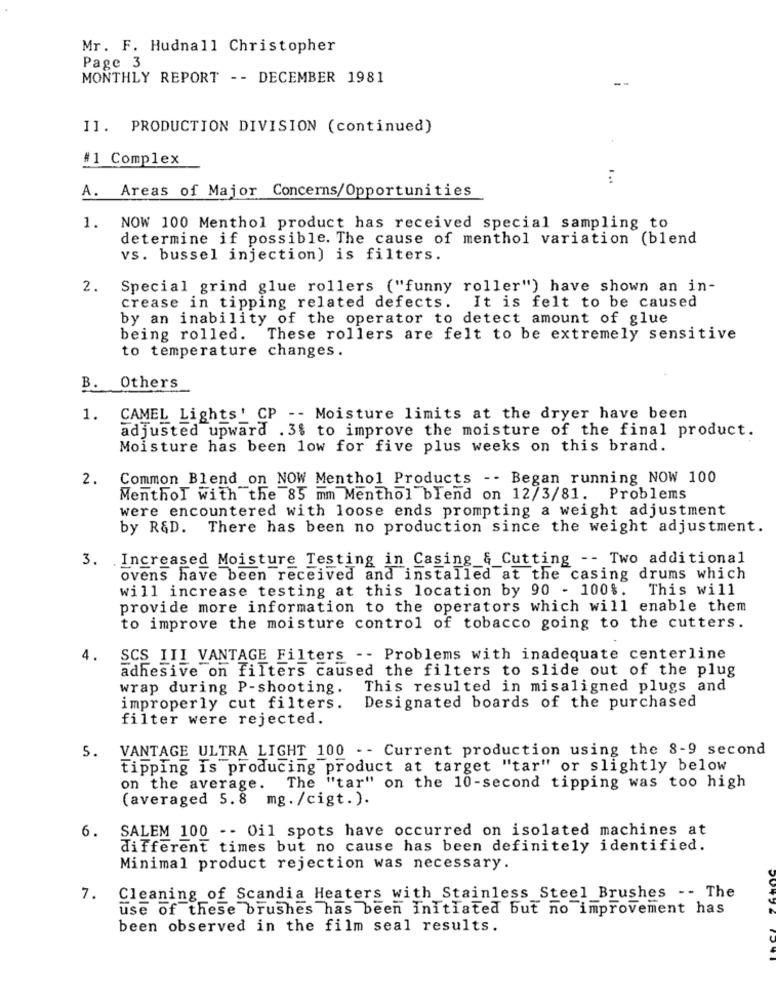
Mr. F. Hudnall Christopher
Page 3
MONTHLY REPORT -- DECEMBER 1981
II. PRODUCTION DIVISION (continued)
#1 Complex
...
A. Areas of Major Concerns/Opportunities
1.
NOW 100 Menthol product has received special sampling to
determine if possible. The cause of menthol variation (blend
vs. bussel injection) is filters.
2.
Special grind glue rollers ("funny roller") have shown an in-
crease in tipping related defects. It is felt to be caused
by an inability of the operator to detect amount of glue
being rolled. These rollers are felt to be extremely sensitive
to temperature changes.
B. Others
1.
CAMEL Lights' CP -- Moisture limits at the dryer have been
adjusted upward .3$ to improve the moisture of the final product.
Moisture has been low for five plus weeks on this brand.
2.
Common Blend on NOW Menthol Products -- Began running NOW 100
Menthol with the 85 mm Menthol blend on 12/3/81. Problems
were encountered with loose ends prompting a weight adjustment
by R&D. There has been no production since the weight adjustment.
3. Increased Moisture Testing in Casing & Cutting -- Two additional
ovens have been received and installed at the casing drums which
will increase testing at this location by 90 - 100%.
This will
provide more information to the operators which will enable them
to improve the moisture control of tobacco going to the cutters.
4.
SCS III VANTAGE Filters -- Problems with inadequate centerline
adhesive on filters caused the filters to slide out of the plug
wrap during P-shooting.
This resulted in misaligned plugs and
improperly cut filters.
Designated boards of the purchased
filter were rejected.
VANTAGE ULTRA LIGHT 100 -- Current production using the 8-9 second
5.
tipping is producing product at target "tar" or slightly below
on the average.
The "tar" on the 10-second tipping was too high
(averaged 5.8 mg./cigt.).
6.
SALEM 100 -- Oil spots have occurred on isolated machines at
different times but no cause has been definitely identified.
Minimal product rejection was necessary.
7.
Cleaning of Scandia Heaters with Stainless Steel Brushes -- The
use of these brushes has been Initiated but no improvement has
been observed in the film seal results.